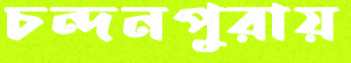
চন্দনপুরায়